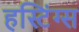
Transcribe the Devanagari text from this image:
हस्टिंग्स